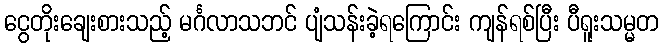
ငွေတိုးချေးစားသည့် မင်္ဂလာသဘင် ပျံသန်းခဲ့ရကြောင်း ကျန်ရစ်ပြီး ပီရူးသမ္မတ